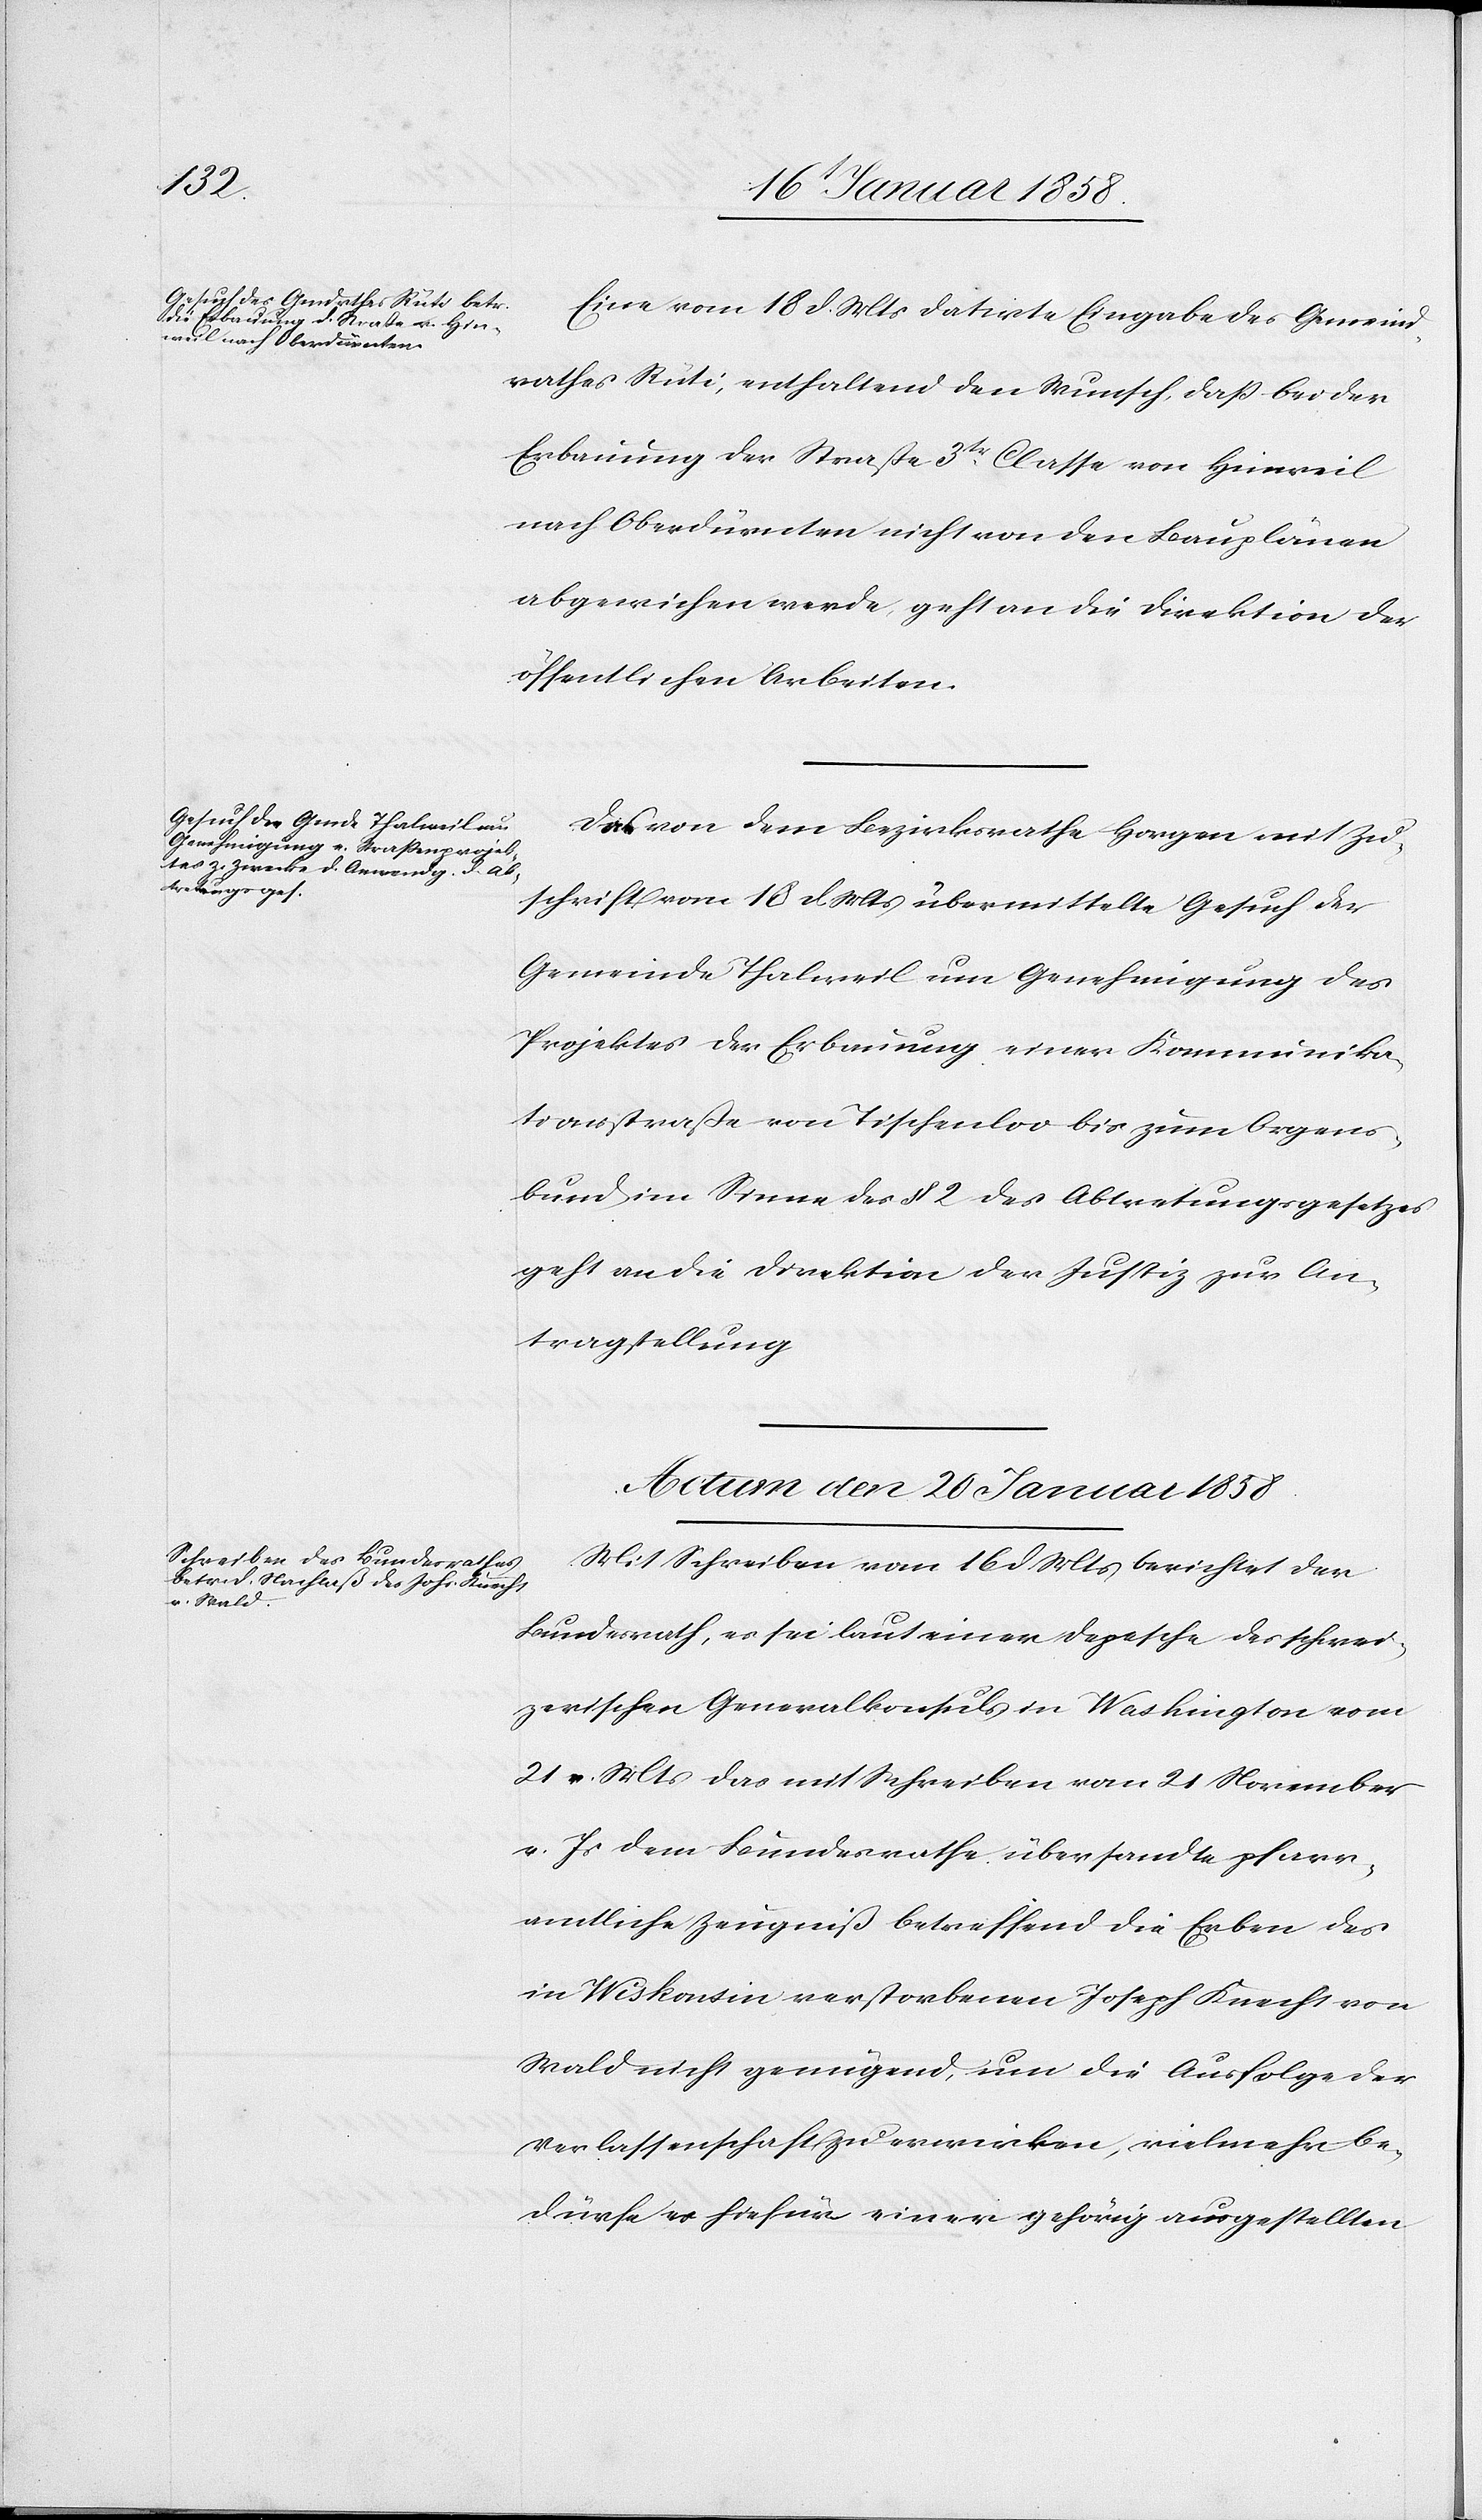
Eine vom 18 d. Mts datirte Eingabe des Gemeind¬
rathes Rüti, enthaltend den Wunsch, daß bei der
Erbauung der Straße 3tr Classe von Hinweil
nach Oberdürnten nicht von den Bauplänen
abgewichen werde, geht an die Direktion der
öffentlichen Arbeiten.
Das von dem Bezirksrathe Horgen mit Zu¬
schrift vom 18 d. Mts übermittelte Gesuch der
Gemeinde Thalweil um Genehmigung des
Projektes der Erbauung einer Kommunika¬
tionsstraße von Tischenloo bis zum Orgens¬
bund im Sinne des § 2 des Abtretungsgesetzes
geht an die Direktion der Justiz zur An¬
tragstellung.
Actum den 20 Januar 1858.
Mit Schreiben vom 16 d. Mts berichtet der
Bundesrath, es sei laut einer Depesche des schwei¬
zerischen Generalkonsuls in Washington vom
21 v. Mts das mit Schreiben vom 21 November
v. Js dem Bundesrathe übersandte pfarr¬
amtliche Zeugniß betreffend die Erben des
in Wiskonsin verstorbenen Joseph [sic!] Knecht von
Wald nicht genügend, um die Ausfolge der
Verlassenschaft zu erwirken, vielmehr be¬
dürfe es hiefür einer gehörig ausgestellten